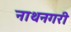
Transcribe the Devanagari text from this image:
नाथनगरी